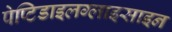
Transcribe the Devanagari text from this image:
पेप्टिडाइलग्लाइसाइन